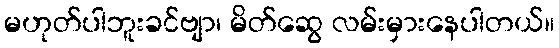
မဟုတ်ပါဘူးခင်ဗျာ၊ မိတ်ဆွေ လမ်းမှားနေပါတယ်။